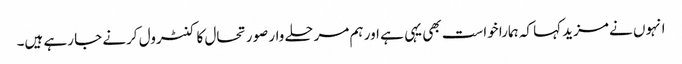
انہوں نے مزید کہا کہ ہمارا خواست بھی یہی ہے اور ہم مرحلے وار صورتحال کا کنٹرول کرنے جا رہے ہیں۔